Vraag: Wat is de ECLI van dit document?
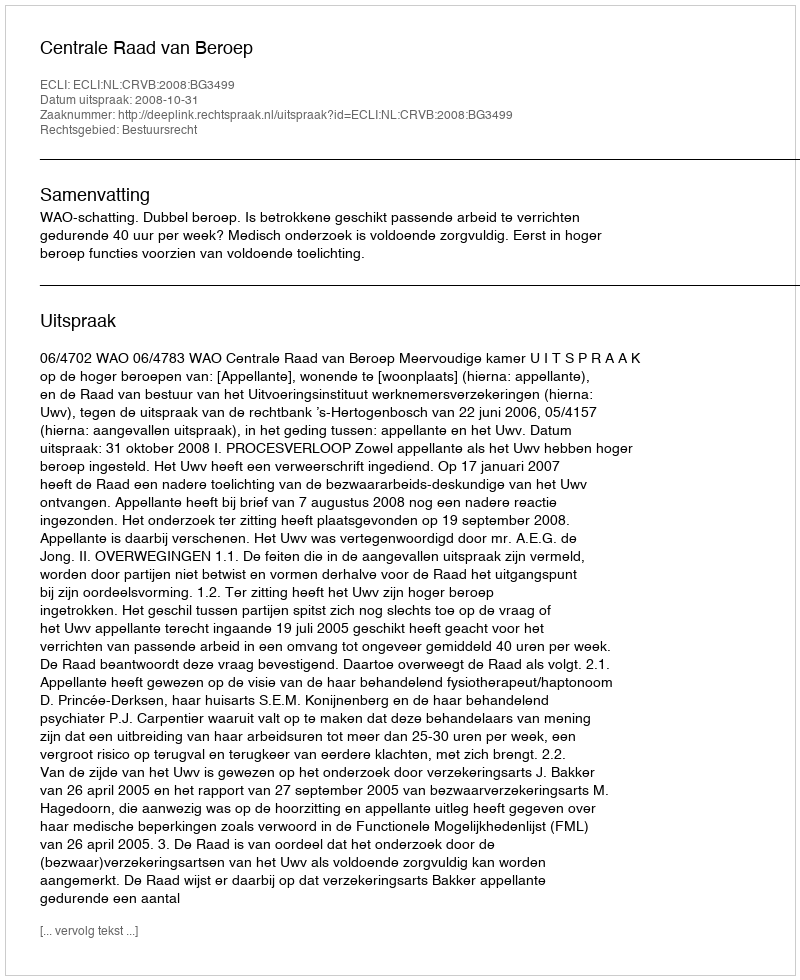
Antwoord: ECLI:NL:CRVB:2008:BG3499